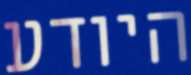
היודע